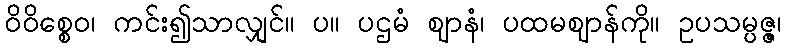
ဝိဝိစ္စေဝ၊ ကင်း၍သာလျှင်။ ပ။ ပဌမံ ဈာနံ၊ ပထမဈာန်ကို။ ဥပသမ္ပဇ္ဇ၊